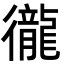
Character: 徿